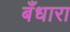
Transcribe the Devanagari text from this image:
बँधारा